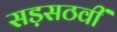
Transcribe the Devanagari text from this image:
सड़सठवीं